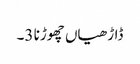
ڈاڑھیاں چھوڑنا 3۔